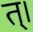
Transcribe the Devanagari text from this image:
त्।